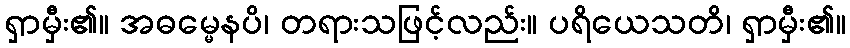
ရှာမှီး၏။ အဓမ္မေနပိ၊ တရားသဖြင့်လည်း။ ပရိယေသတိ၊ ရှာမှီး၏။